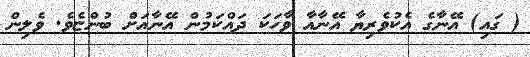
( ގައި) އޭނާގެ އެކުވެރިޔާ އޭނާއާ ވާހަކަ ދައްކަމުން އޭނާއަށް ބުންޏެވެ. ވެލިން